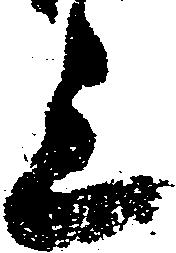
上